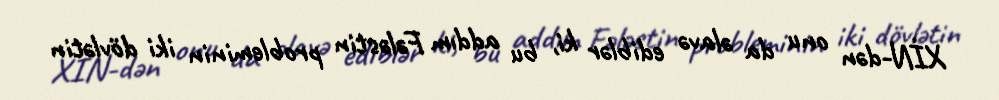
XİN-dən onu da əlavə ediblər ki, bu addım Fələstin probleminin iki dövlətin